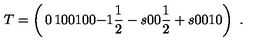
T = \left( \begin{matrix} { 0 } & { 1 } & { 0 } & { 0 } \\ { 1 } & { 0 } & { 0 } & { - 1 } \\ { \frac { 1 } { 2 } - s } & { 0 } & { 0 } & { \frac { 1 } { 2 } + s } \\ { 0 } & { 0 } & { 1 } & { 0 } \\ \end{matrix} \right) \ .